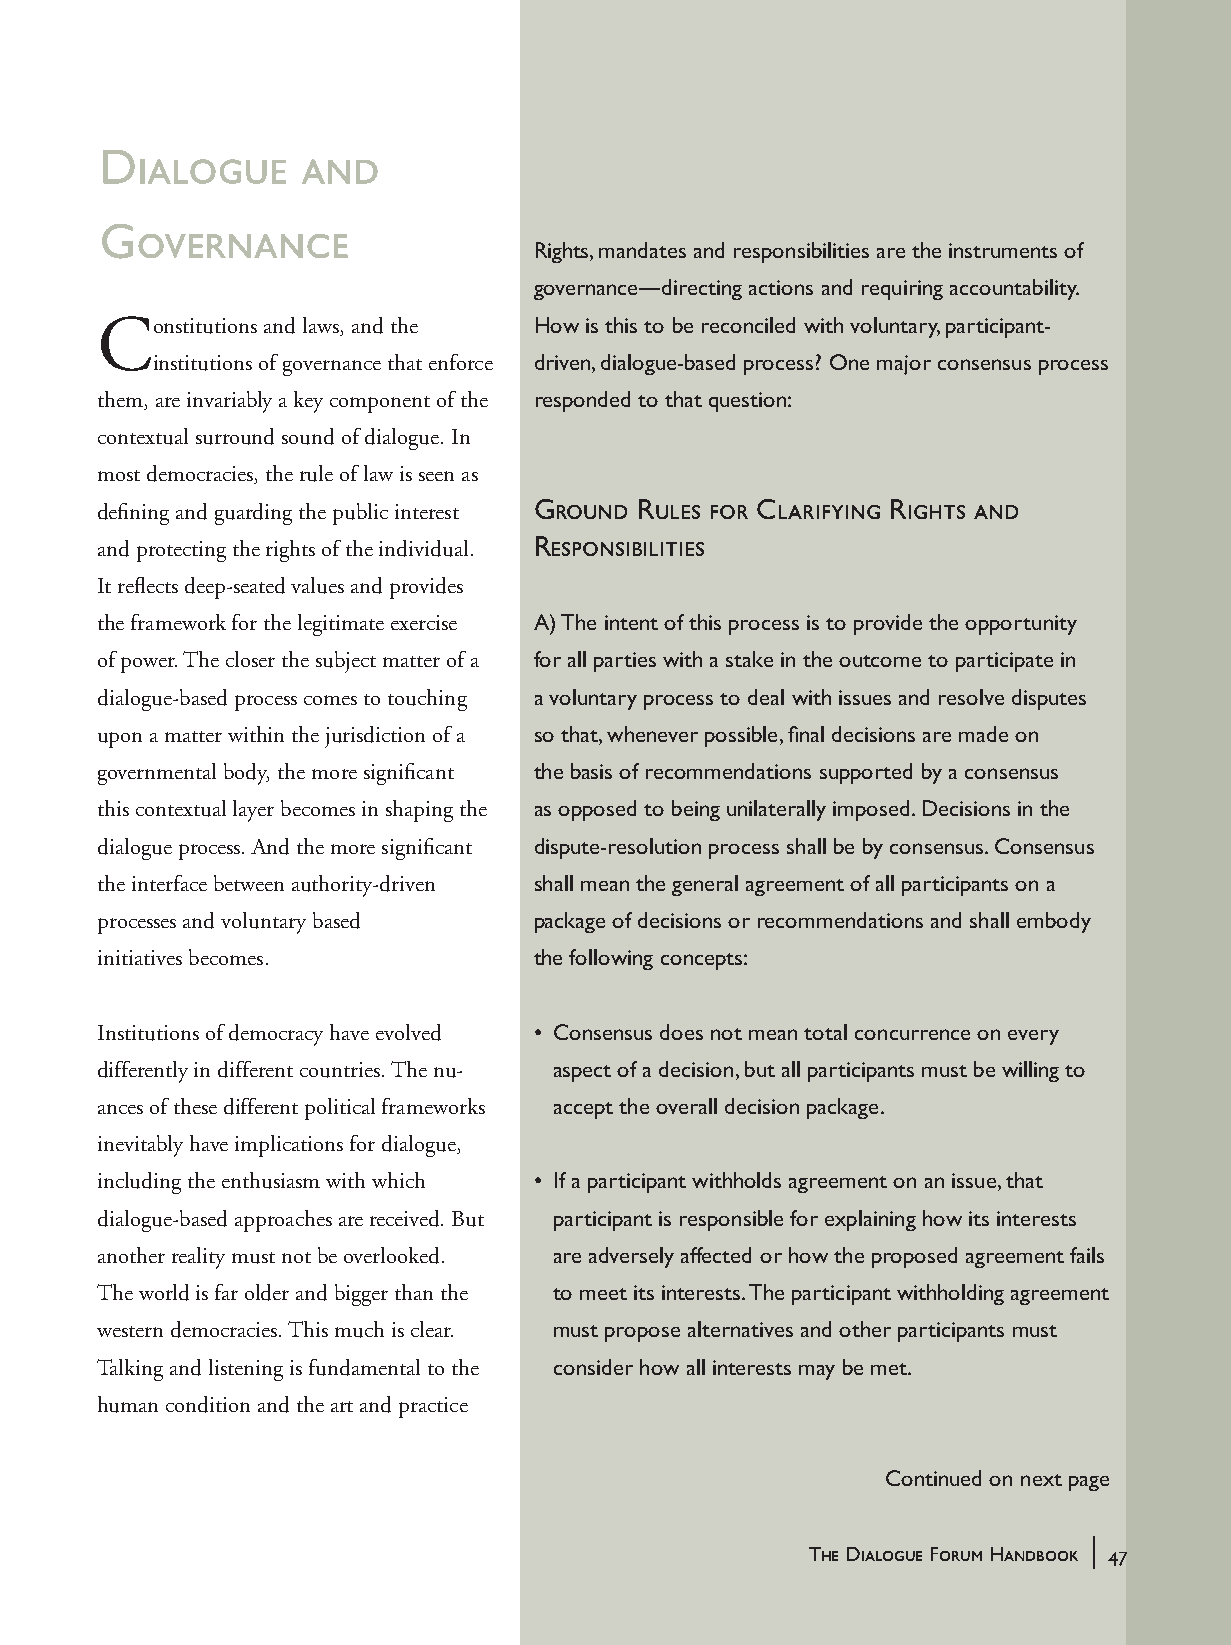
Dialogue      and
 Governance
 Rights, mandates and responsibilities are the instruments of
 governance—directing actions and requiring accountability.
 Constitutions and laws, and the How is this to be reconciled with voluntary, participant-
 institutions of governance that enforce driven, dialogue-based process? One major consensus process
 them, are invariably a key component of the responded to that question:
 contextual surround sound of dialogue. In
 most democracies, the rule of law is seen as
 defining and guarding the public interest Ground Rules for Clarifying Rights and
 and protecting the rights of the individual. Responsibilities
 It reflects deep-seated values and provides
 the framework for the legitimate exercise A) The intent of this process is to provide the opportunity
 of power. The closer the subject matter of a for all parties with a stake in the outcome to participate in
 dialogue-based process comes to touching a voluntary process to deal with issues and resolve disputes
 upon a matter within the jurisdiction of a so that, whenever possible, final decisions are made on
 governmental body, the more significant the basis of recommendations supported by a consensus
 this contextual layer becomes in shaping the as opposed to being unilaterally imposed. Decisions in the
 dialogue process. And the more significant dispute-resolution process shall be by consensus. Consensus
 the interface between authority-driven shall mean the general agreement of all participants on a
 processes and voluntary based package of decisions or recommendations and shall embody
 initiatives becomes.         the following concepts:
 Institutions of democracy have evolved • Consensus does not mean total concurrence on every
 differently in different countries. The nu- aspect of a decision, but all participants must be willing to
 ances of these different political frameworks accept the overall decision package.
 inevitably have implications for dialogue,
 including the enthusiasm with which • If a participant withholds agreement on an issue, that
 dialogue-based approaches are received. But participant is responsible for explaining how its interests
 another reality must not be overlooked. are adversely affected or how the proposed agreement fails
 The world is far older and bigger than the to meet its interests. The participant withholding agreement
 western democracies. This much is clear. must propose alternatives and other participants must
 Talking and listening is fundamental to the consider how all interests may be met.
 human condition and the art and practice
 Continued on next page
 |
 The Dialogue Forum Handbook 47
 handbook_web         47                             5/30/04, 4:37 PM